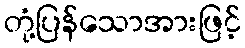
တုံ့ပြန်သောအားဖြင့်